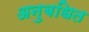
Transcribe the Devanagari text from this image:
अनुबधित